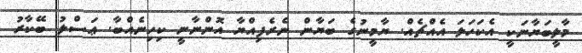
މާލީބަޔާނަކީ އެކަހަލަ އެއްޗެއް. ޔާމީނުގެ ބަޔާން ނެރެފިއްޔާ އޮންނާނީ ކިހިނެއްބާ. ޢަސްލު ބޭކާރު